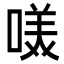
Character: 𭉋